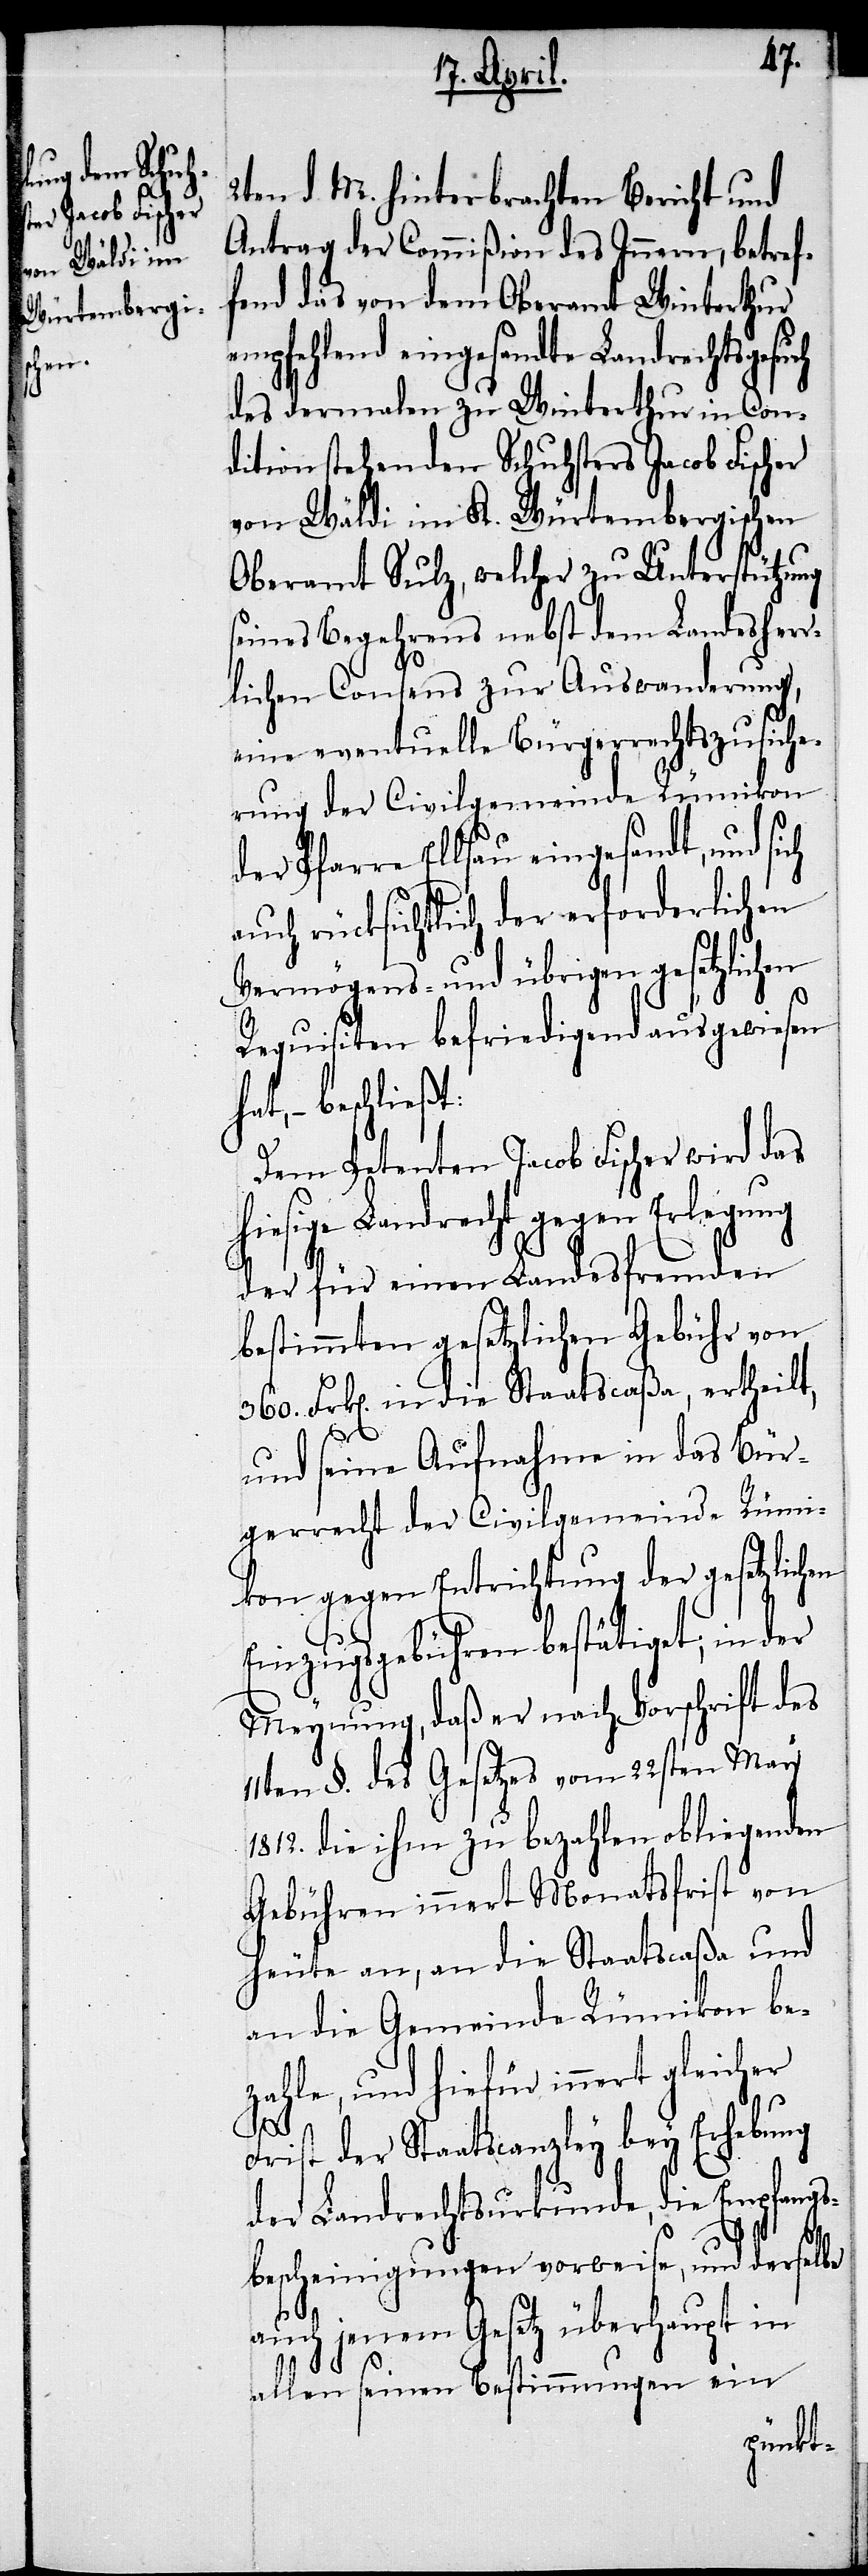
2ten d. M. hinterbrachten Bericht und
Antrag der Commißion des Innern, betref¬
fend das von dem Oberamt Winterthur
empfehlend eingesandte Landrechtsgesuch
des dermalen zu Winterthur in Con¬
dition stehenden Schuhsters Jacob Fischer
von Wäldi im K. Würtembergischen
Oberamt Sulz, welcher zu Unterstützung
seines Begehrens nebst dem Landesherr¬
lichen Consens zur Auswanderung,
eine eventuelle Bürgerrechtszusiche¬
rung der Civilgemeinde Rümikon
der Pfarre Ellsau eingesandt, und si¬
auch rücksichtlich der erforderlichen
Vermögens- und übrigen gesetzlichen
Requisiten befriedigend ausgewiesen
– beschließt:
Dem Petenten Jacob Fischer wird das
hiesige Landrecht gegen Erlegung
der für einen Landesfremden
bestimmten gesetzlichen Gebühr von
360. Frk[en]. in die Staatscaßa, ertheilt,
und seine Aufnahme in das Bür¬
gerrecht der Civilgemeinde Rüm¬
ikon gegen Entrichtung der gesetzlichen
ch
Einzugsgebühren bestätiget; in der
Meynung, daß er nach Vorschrift des
11ten §. des Gesetzes vom 22sten May
1812. die ihm zu bezahlen obliegenden
Gebühren innert Monatsfrist von
heute an, an die Staatscaßa und
an die Gemeinde Rümikon be¬
zahle, und hiefür innert gleicher
Frist der Staatscanzley bey Erhebung
der Landrechtsurkunde, die Empfangs¬
bescheinigungen vorweise, und derselbe
auch jenem Gesetz überhaupt in
allen seinen Bestimmungen ein